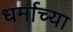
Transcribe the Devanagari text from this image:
धर्माच्‍या